Leaving Certificate Examination (including Day School Certificate (Higher) General paper), 1934
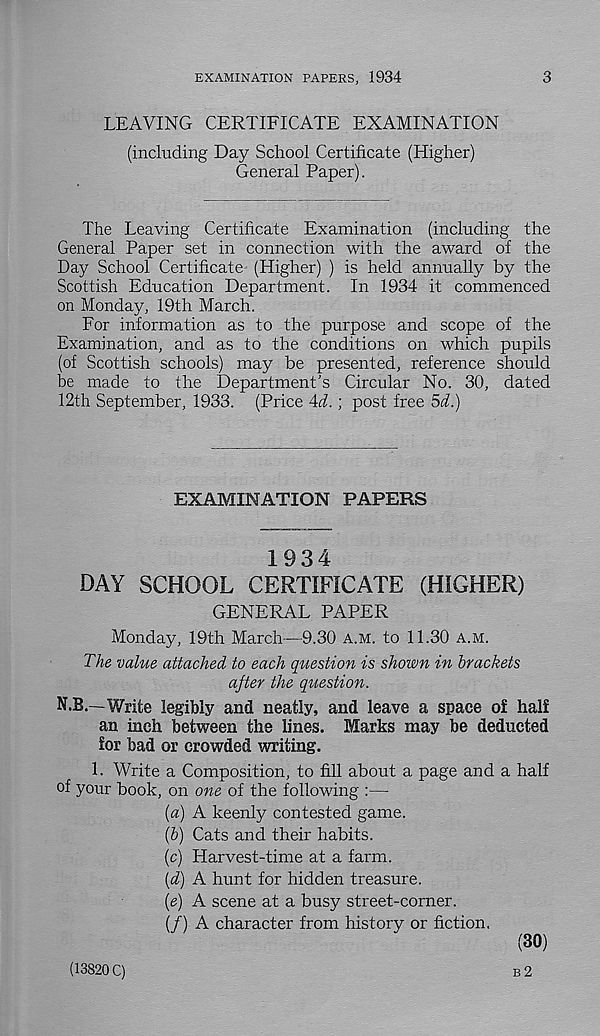
EXAMINATION PAPERS, 1934
3
LEAVING CERTIFICATE EXAMINATION
(including Day School Certificate (Higher)
General Paper).
The Leaving Certificate Examination (including the
General Paper set in connection with the award of the
Day School Certificate (Higher) ) is held annually by the
Scottish Education Department. In 1934 it commenced
on Monday, 19th March.
For information as to the purpose and scope of the
Examination, and as to the conditions on which pupils
(of Scottish schools) may be presented, reference should
be made to the Department's Circular No. 30, dated
12th September, 1933. (Price Ad.; post free 5d.)
EXAMINATION PAPERS
1934
DAY SCHOOL CERTIFICATE (HIGHER)
GENERAL PAPER
Monday, 19th March—9.30 A.M. to 11.30 A.M.
The value attached to each question is shown in brackets
ajter the question.
N.B.—Write legibly and neatly, and leave a space of half
an inch between the lines. Marks may be deducted
for bad or crowded writing.
1. Write a Composition, to fill about a page and a half
of your book, on one of the following :—
[а] A keenly contested game.
(б) Cats and their habits.
(c) Harvest-time at a farm.
{d) A hunt for hidden treasure.
le) A scene at a busy street-corner.
(/) A character from history or fiction.
(30)
(13820 C)
B2